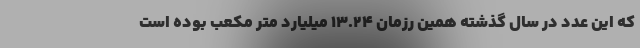
که این عدد در سال گذشته همین رزمان ۱۳.۲۴ میلیارد متر مکعب بوده است